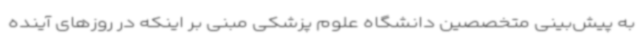
به پیش‌بینی متخصصین دانشگاه علوم پزشکی مبنی بر اینکه در روزهای آینده